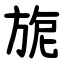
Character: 旎